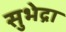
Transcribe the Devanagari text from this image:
सुभेद्रा